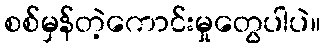
စစ်မှန်တဲ့ကောင်းမှုတွေပါပဲ။